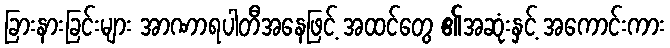
ခြားနားခြင်းများ အာဏာရပါတီအနေဖြင့် အထင်တွေ ၏အဆုံးနှင့် အကောင်းကား